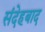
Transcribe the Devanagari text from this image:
संदेहबाद